Vaccination United Provinces of Agra and Oudh 1902-1913 - 1902-1913
Year: 1902
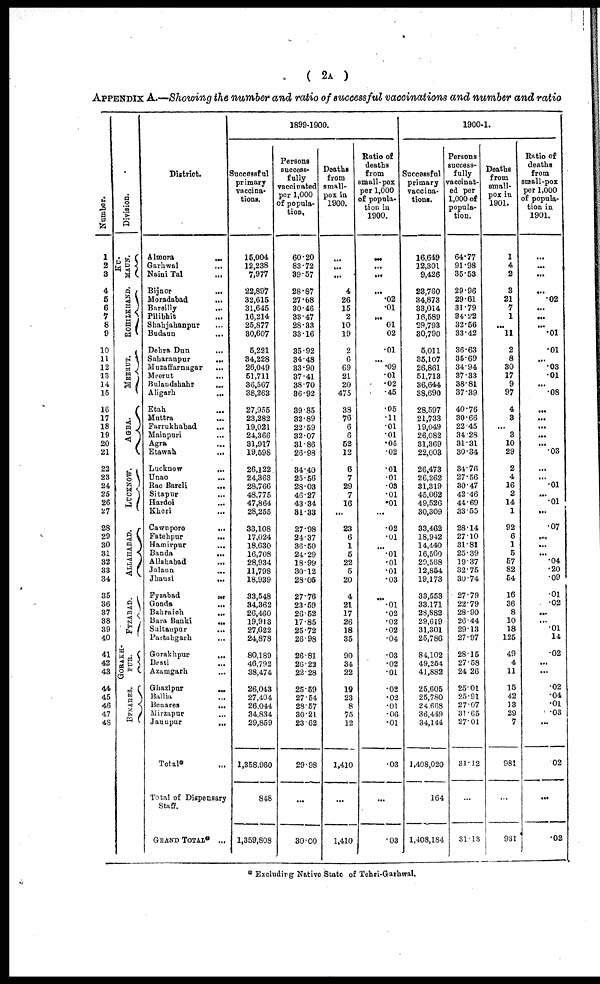
( 2A )
APPENDIX A.—Showing the number and ratio of successful vaccinations and number and ratio
Number.
1
2
3
4
5
6
7
8
9
10
11
12
13
14
15
16
17
18
19
20
21
22
23
24
25
26
27
28
29
30
31
32
33
34
35
36
37
38
39
40
41
42
43
44
45
46
47
48
Division.
KU¬
MAUN.
ROHILKHAND.
MEERUT.
AGRA.
LUCKNOW.
ALLAHABAD.
FYZABAD.
GORAKH¬
PUR.
BENARES.
District.
Almora
...
Garhwal
...
Naini Tal
...
Bijnor
...
Moradabad
...
Bareilly
...
Pilibhit ...
Shahjahanpur ...
Budaun ...
Dehra Dun
...
Saharanpur
...
Muzaffarnagar
...
Meerut ...
Bulandshahr
...
Aligarh
...
Etah ...
Muttra ...
Farrukhabad ...
Mainpuri ...
Agra ...
Etawah ...
Lucknow ...
Unao ...
Rae Bareli
...
Sitapur
...
Hardoi
...
Kheri ...
Cawnpore
...
Fatehpur
...
Hamirpur
...
Banda
...
Allahabad ...
Jalaun ...
Jhansi
...
Fyzabad
...
Gonda
...
Bahraich
...
Bara Banki
...
Sultanpur
...
Partabgarh ...
Gorakhpur
...
Basti ...
Azamgarh
...
Ghazipur
...
Ballia ...
Benares
...
Mirzapur
...
Jaunpur
...
Total ...
Total of Dispensary
Staff.
GRAND TOTAL ...
1899-1900.
Successful
primary
vaccina-
tions.
15,004
12,238
7,977
22,897
32,615
31,645
16,214
25,877
30,607
5,221
34,228
26,049
51,711
36,567
38,263
27,955
23,282
19,021
24,366
31,917
19,598
26,122
24,363
28,766
48,775
47,864
28,255
33,108
17,024
18,630
16,708
28,934
11,798
18,939
33,548
34,362
26,460
19,913
27,622
24,878
80,189
46,792
38,474
26,043
27,404
26,044
34,834
29,859
1,358,960
848
1,359,808
Persons
success-
fully
vaccinated
per 1,000
of popula-
tion.
60.20
83.72
39.57
28.87
27.68
30.46
33.47
28.33
33.16
35.92
34.48
33.90
37.41
38.70
36.92
39.85
32.89
22.59
32.07
31.86
26.98
34.40
25.56
28.03
46.27
43.34
31.33
27.98
24.37
36.50
24.29
18.99
30.12
28.05
27.76
23.49
26.52
17.85
25.72
26.98
26.81
26.22
22.28
25.59
27.54
28.57
30.21
23.62
29.98
...
30.00
Deaths
from
small-
pox in
1900.
...
...
4
26
15
2
10
19
2
6
69
21
20
475
38
76
6
6
52
12
6
7
29
7
16
...
23
6
1
5
22
5
20
4
21
17
26
18
35
90
34
22
19
23
8
75
12
1,410
...
1,410
Ratio of
deaths
from
small-pox
per 1,000
of popula-
tion in
1900.
...
...
...
...
.02
.01
...
.01
.02
.01
...
.09
.01
.02
.45
.05
.11
.01
.01
.05
.02
.01
.01
.03
.01
.01
...
.02
.01
...
.01
.01
.01
.03
...
.01
.02
.02
.02
.04
.03
.02
.01
.02
.02
.01
.06
.01
.03
...
.03
1900-1.
Successful
primary
vaccina-
tions.
16,649
12,301
9,426
23,760
34,873
33,014
16,589
29,793
30,790
5,011
35,107
26,861
51,713
36,644
38,690
28,597
21,733
19,049
26,082
31,369
22,003
26,473
26,262
31,319
45,062
49,526
30,309
33,462
18,942
14,440
16,560
29,568
12,854
19,173
33,553
33,171
28,882
29,619
31,301
25,786
84,102
49,254
41,882
25,605
25,780
24,668
36,449
34,144
1,408,020
164
1,408,184
Persons
success-
fully
vaccinat-
ed per
1,000 of
popula-
tion.
64.77
91.98
35.53
29.96
29.61
31.79
34.22
32.56
33.42
36.63
35.69
34.94
37.33
38.81
37.39
40.76
30.66
22.45
34.28
31.31
30.34
34.76
27.56
30.47
42.46
44.69
33.55
28.14
27.10
31.81
25.39
19.37
32.75
30.74
27.79
22.79
28.90
26.44
29.13
27.97
28.15
27.58
24.26
25.01
25.91
27.07
31.65
27.01
31.12
31.13
Deaths
from
small-
pox in
1901.
1
4
2
3
21
7
1
...
11
2
8
30
17
9
97
4
3
...
3
10
29
2
4
16
2
14
1
92
6
1
5
57
82
54
16
36
8
10
18
125
49
4
11
15
42
13
29
7
981
931
Ratio of
deaths
from
small-pox
per 1,000
of popula-
tion in
1901.
...
...
...
.02
...
...
...
.01
.01
...
.03
.01
...
.08
...
...
...
...
...
.03
...
...
.01
...
.01
...
.07
...
...
...
.04
.20
.09
.01
.02
...
...
.01
.14
.02
...
...
.02
.04
.01
.03
.02
...
.02
* Excluding Native State of Tehri-Garhwal.